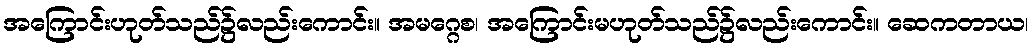
အကြောင်းဟုတ်သည်၌လည်းကောင်း။ အမဂ္ဂေစ၊ အကြောင်းမဟုတ်သည်၌လည်းကောင်း။ ဆေကတာယ၊